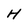
Character: H